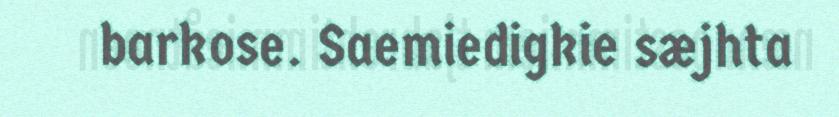
barkose. Saemiedigkie sæjhta